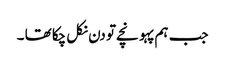
جب ہم پہو نچے تو دن نکل چکا تھا ۔